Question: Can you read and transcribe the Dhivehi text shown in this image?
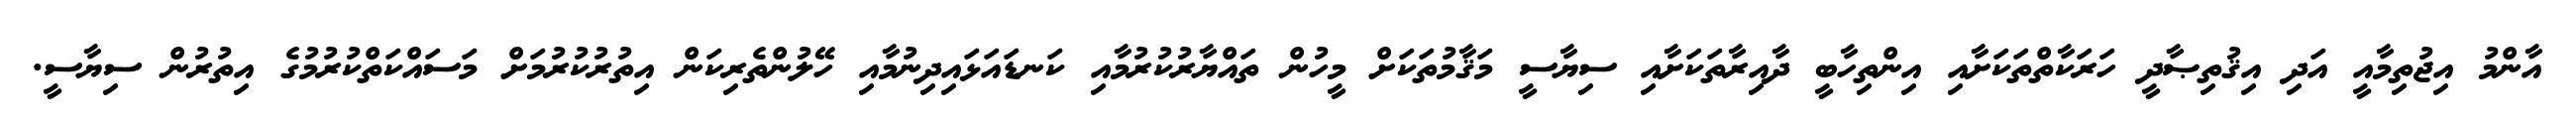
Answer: އާންމު އިޖުތިމާއީ އަދި އިޤުތިޞާދީ ހަރަކާތްތަކަށާއި އިންތިހާބީ ދާއިރާތަކަށާއި ސިޔާސީ މަޤާމުތަކަށް މީހުން ތައްޔާރުކުރުމާއި ކަނޑައަޅައިދިނުމާއި ހޭލުންތެރިކަން އިތުރުކުރުމަށް މަސައްކަތްކުރުމުގެ އިތުރުން ސިޔާސީ.